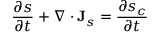
{ \frac { \partial s } { \partial t } } + \nabla \cdot \mathbf { J } _ { s } = { \frac { \partial s _ { c } } { \partial t } }